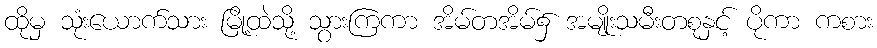
ထိုမှ သုံးယောက်သား မြို့ထဲသို့ သွားကြကာ အိမ်တအိမ်၌ အမျိုးသမီးတစုနှင့် ပိုကာ ကစား